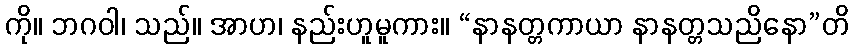
ကို။ ဘဂဝါ၊ သည်။ အာဟ၊ နည်းဟူမူကား။ “နာနတ္တကာယာ နာနတ္တသညိနော”တိ